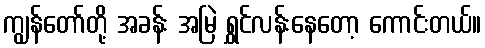
ကျွန်တော်တို့ အခန်း အမြဲ ရွှင်လန်းနေတော့ ကောင်းတယ်။